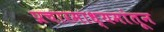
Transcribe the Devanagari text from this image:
प्रचारमाध्यमांतून